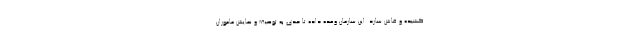
کشیده و فاش سازد. این سازمان وعده داده تا حدی به توصیف و نمایش ماموران